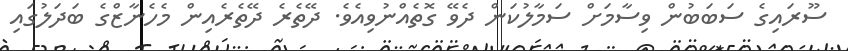
ސޫރައިގެ ސަބަބުން ވިސާމަށް ސަމާލުކަން ދެވޭ ގޮތެއްނުވިއެވެ. ދޭތެރެ ދޭތެރެއިން މެހެނާޒްގެ ބަދަލުގައި